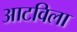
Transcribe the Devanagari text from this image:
आटविला